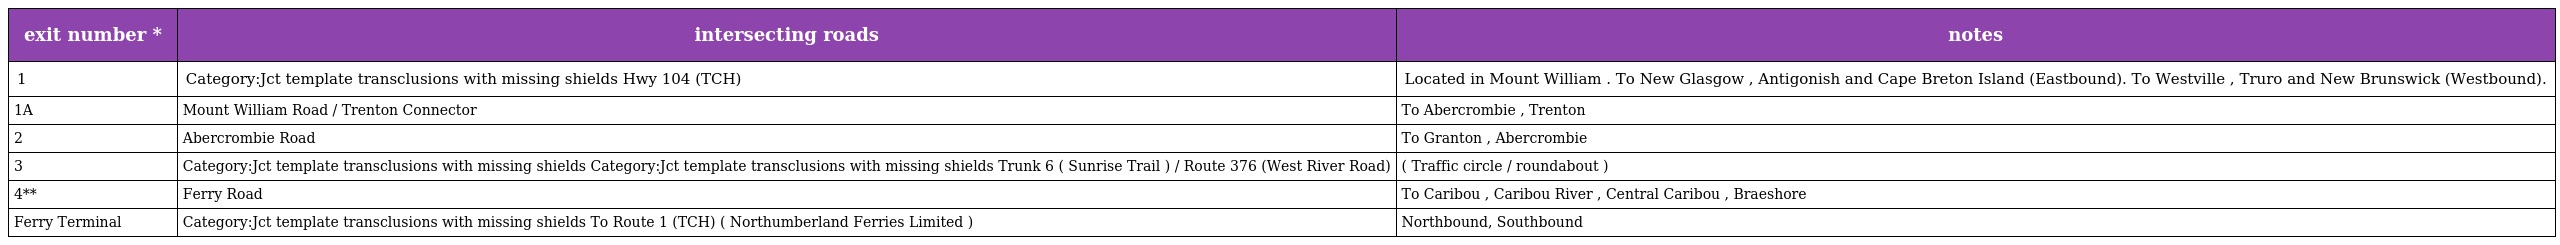
| exit number * | intersecting roads | notes |
 | --- | --- | --- |
 | 1 | Category:Jct template transclusions with missing shields Hwy 104 (TCH) | Located in Mount William . To New Glasgow , Antigonish and Cape Breton Island (Eastbound). To Westville , Truro and New Brunswick (Westbound). |
 | 1A | Mount William Road / Trenton Connector | To Abercrombie , Trenton |
 | 2 | Abercrombie Road | To Granton , Abercrombie |
 | 3 | Category:Jct template transclusions with missing shields Category:Jct template transclusions with missing shields Trunk 6 ( Sunrise Trail ) / Route 376 (West River Road) | ( Traffic circle / roundabout ) |
 | 4** | Ferry Road | To Caribou , Caribou River , Central Caribou , Braeshore |
 | Ferry Terminal | Category:Jct template transclusions with missing shields To Route 1 (TCH) ( Northumberland Ferries Limited ) | Northbound, Southbound |